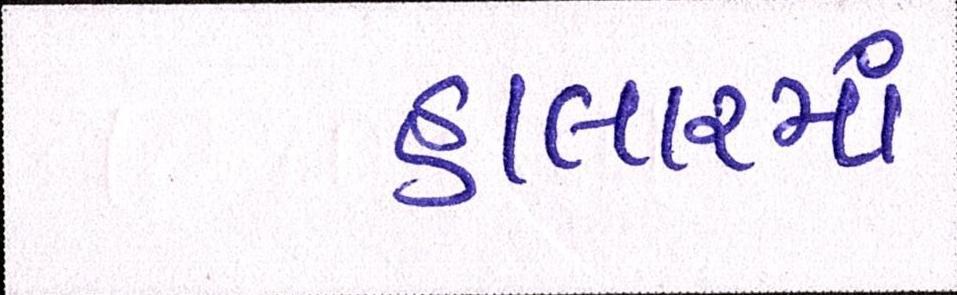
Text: હાલારમાં